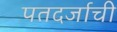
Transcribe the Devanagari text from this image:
पतदर्जाची